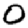
Digit: 0